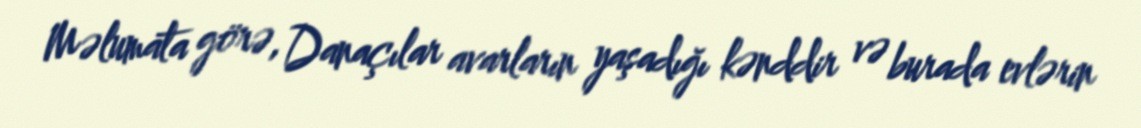
Məlumata görə, Danaçılar avarların yaşadığı kənddir və burada evlərin